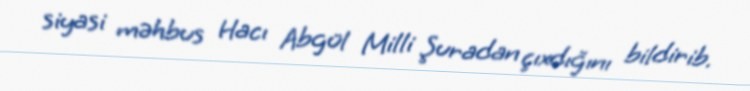
siyasi məhbus Hacı Abgül Milli Şuradan çıxdığını bildirib.